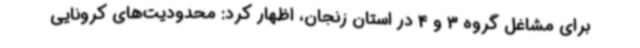
برای مشاغل گروه 3 و 4 در استان زنجان، اظهار کرد: محدودیت‌های کرونایی